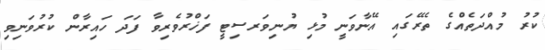
ކުރު މުއްދަތެއްގެ ތެރޭގައި އޭނާވަނީ މުޅި ޔުނިވަރސިޓީ ފަޚްރުވެރިވާ ފަދަ ހައިރާން ކުރުވަނިވި